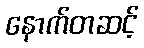
နောက်တဆင့်